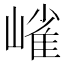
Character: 𭗋